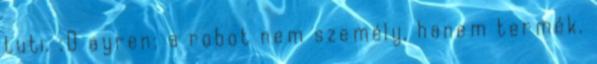
tuti. :D ayren: a robot nem személy, hanem termék.